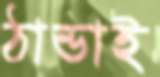
ঠান্ডাই